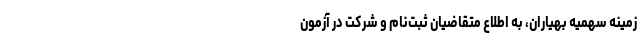
زمینه سهمیه بهیاران، به ‌اطلاع‌ متقاضیان‌ ثبت‌نام‌ و شرکت‌ در آزمون‌